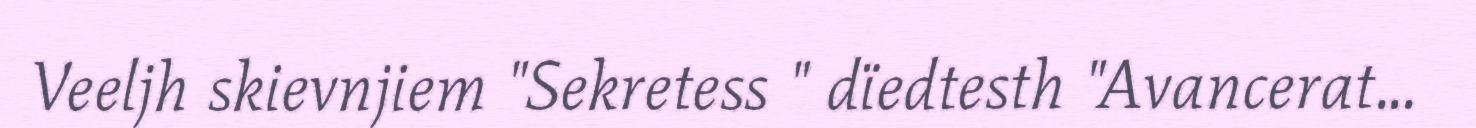
Veeljh skievnjiem "Sekretess " dïedtesth "Avancerat...